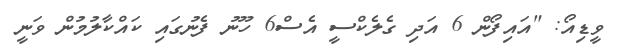
ވީޑިއޯ: "އައިފޯން 6 އަދި ގެލެކްސީ އެސް6 ހޫނު ފެނުގައި ކައްކާލުމުން ވަނީ